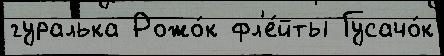
гуралька Рожо́к фл'е́йты Гусачо́к